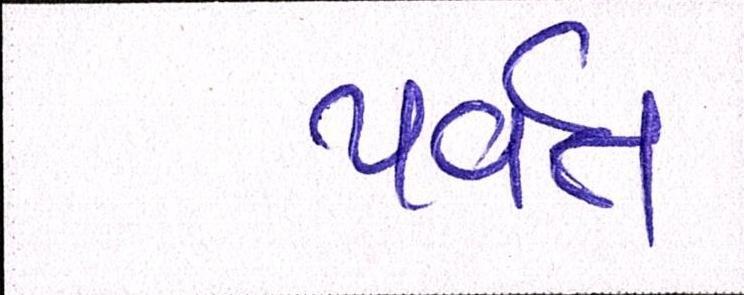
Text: પર્વત